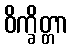
ဝိက္ခိတ္တာ